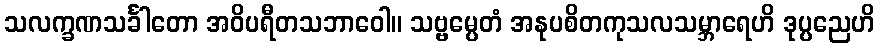
သလက္ခဏသင်္ခါတော အဝိပရီတသဘာဝေါ။ သဗ္ဗမ္ပေတံ အနုပစိတကုသလသမ္ဘာရေဟိ ဒုပ္ပညေဟိ